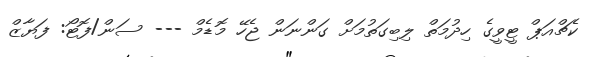
ކެޗްއަޕް ޓީވީގެ ހިދުމަތް ލިބިގަތުމަށް ގަންނަން ޖެހޭ މޮޑެމް --- ސަން/ފޮޓޯ: ފަޔާޒް